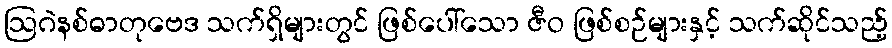
ဩဂဲနစ်ဓာတုဗေဒ သက်ရှိများတွင် ဖြစ်ပေါ်သော ဇီဝ ဖြစ်စဉ်များနှင့် သက်ဆိုင်သည့်